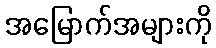
အမြောက်အများကို